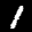
Label: 1